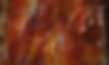
নির্জনে